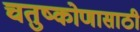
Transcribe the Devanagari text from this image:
चतुष्कोणासाठी